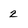
Character: 2